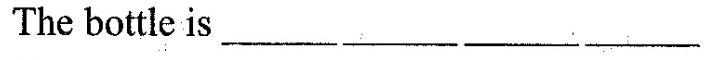
The bottle is ___ ___ ___ ___